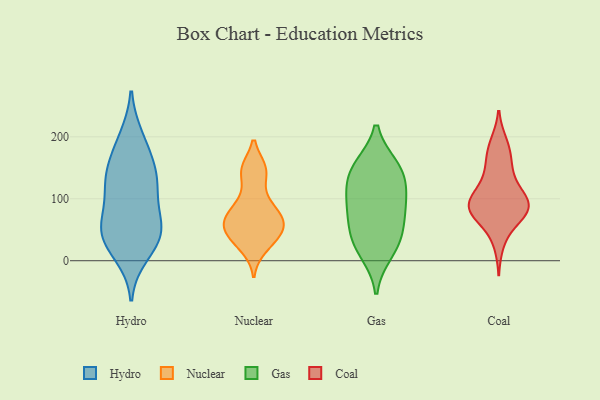
{"axis": {"x": "Satisfaction Score", "y": "Value"}, "legend": ["Coal", "Gas", "Hydro", "Nuclear"], "data": [{"x": "", "y": 198, "type": "Hydro"}, {"x": "", "y": 186, "type": "Hydro"}, {"x": "", "y": 144, "type": "Hydro"}, {"x": "", "y": 51, "type": "Hydro"}, {"x": "", "y": 11, "type": "Hydro"}, {"x": "", "y": 106, "type": "Hydro"}, {"x": "", "y": 131, "type": "Hydro"}, {"x": "", "y": 50, "type": "Hydro"}, {"x": "", "y": 76, "type": "Hydro"}, {"x": "", "y": 46, "type": "Hydro"}, {"x": "", "y": 124, "type": "Hydro"}, {"x": "", "y": 40, "type": "Hydro"}, {"x": "", "y": 146, "type": "Hydro"}, {"x": "", "y": 32, "type": "Hydro"}, {"x": "", "y": 89, "type": "Nuclear"}, {"x": "", "y": 147, "type": "Nuclear"}, {"x": "", "y": 21, "type": "Nuclear"}, {"x": "", "y": 146, "type": "Nuclear"}, {"x": "", "y": 69, "type": "Nuclear"}, {"x": "", "y": 146, "type": "Nuclear"}, {"x": "", "y": 51, "type": "Nuclear"}, {"x": "", "y": 50, "type": "Nuclear"}, {"x": "", "y": 39, "type": "Nuclear"}, {"x": "", "y": 32, "type": "Nuclear"}, {"x": "", "y": 67, "type": "Nuclear"}, {"x": "", "y": 61, "type": "Nuclear"}, {"x": "", "y": 101, "type": "Nuclear"}, {"x": "", "y": 71, "type": "Nuclear"}, {"x": "", "y": 70, "type": "Gas"}, {"x": "", "y": 151, "type": "Gas"}, {"x": "", "y": 108, "type": "Gas"}, {"x": "", "y": 33, "type": "Gas"}, {"x": "", "y": 104, "type": "Gas"}, {"x": "", "y": 146, "type": "Gas"}, {"x": "", "y": 80, "type": "Gas"}, {"x": "", "y": 37, "type": "Gas"}, {"x": "", "y": 145, "type": "Gas"}, {"x": "", "y": 14, "type": "Gas"}, {"x": "", "y": 88, "type": "Coal"}, {"x": "", "y": 87, "type": "Coal"}, {"x": "", "y": 147, "type": "Coal"}, {"x": "", "y": 116, "type": "Coal"}, {"x": "", "y": 66, "type": "Coal"}, {"x": "", "y": 91, "type": "Coal"}, {"x": "", "y": 96, "type": "Coal"}, {"x": "", "y": 105, "type": "Coal"}, {"x": "", "y": 140, "type": "Coal"}, {"x": "", "y": 183, "type": "Coal"}, {"x": "", "y": 81, "type": "Coal"}, {"x": "", "y": 29, "type": "Coal"}, {"x": "", "y": 167, "type": "Coal"}, {"x": "", "y": 189, "type": "Coal"}, {"x": "", "y": 91, "type": "Coal"}, {"x": "", "y": 73, "type": "Coal"}, {"x": "", "y": 80, "type": "Coal"}]}